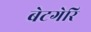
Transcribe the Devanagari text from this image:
बेटगेरि